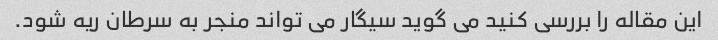
این مقاله را بررسی کنید می گوید سیگار می تواند منجر به سرطان ریه شود.